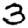
Digit: 3